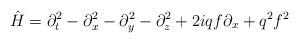
LaTeX: \begin{align*}{\hat H}= \partial_t^2 -\partial_x^2 -\partial_y^2-\partial_z^2+2iqf\partial_x +q^2f^2\end{align*}